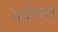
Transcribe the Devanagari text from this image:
सर्वसंगत